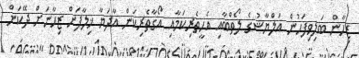
ޒިހާން ބަލިވިފަހުން އަލްޔާޝުގެ ލޯތްބާއި އެހީތެރިކަމާއި އޯގާތެރިކަން އާދަޔާ ޚިލާފަށް ޒިހާނަށް ދޭކަން